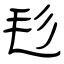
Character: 毝